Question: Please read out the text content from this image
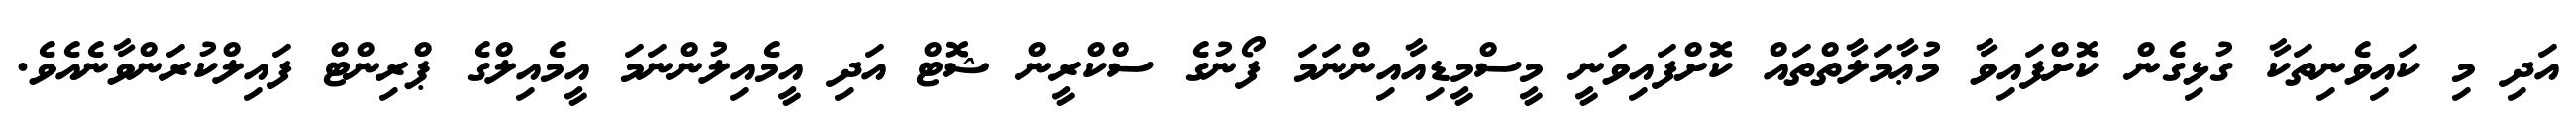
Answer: އަދި މި ކައިވެނިތަކާ ގުޅިގެން ކޮށްފައިވާ މުޢާމަލާތްތައް ކޮށްފައިވަނީ މީސްމީޑިއާއިންނަމަ ފޯނުގެ ސްކްރީން ޝޮޓް އަދި އީމެއިލުންނަމަ އީމެއިލްގެ ޕްރިންޓް ފައިލްކުރަންވާނެއެވެ.